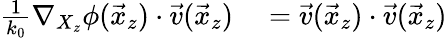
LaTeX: \begin{array}{rl}{\frac{1}{k_{0}}\nabla_{X_{z}}\phi(\vec{x}_{z})\cdot\vec{v}(\vec{x}_{z})}&{{}=\vec{v}(\vec{x}_{z})\cdot\vec{v}(\vec{x}_{z})}\end{array}